Bombay plague: being a history of the progress of plague in the Bombay presidency from September 1896 to June 1899
Year: 1896
Disease focus: Plague
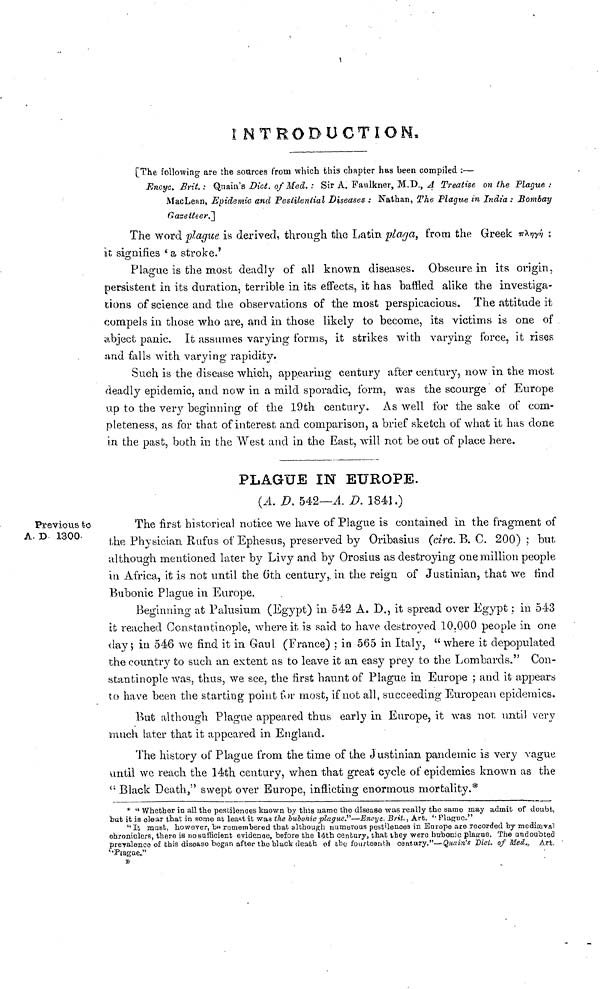
INTRODUCTION,
[The following are the sources from which this chapter has been compiled :—
Encyc. Brit. : Qnain's Dict. of Med. : Sir A. Faulkner, M.D., A Treatise on the Plague .·
MacLean, Epidemic and Pestilential Diseases : Nathan, The Plague in India : Bombay
Gazetteer.]
The word plague is derived, through the Latin playa, from the Greek πληγή :
it signifies ' a stroke.
Plague is the most deadly of all known diseases. Obscure in its origin,
persistent in its duration, terrible in its effects, it has baffled alike the investiga-
tions of science and the observations of the most perspicacious. The attitude it
compels in those who are, and in those likely to become, its victims is one of
abject panic. It assumes varying forms, it strikes with varying force, it rises
and falls with varying rapidity.
Such is the disease which, appearing century after century, now in the most
deadly epidemic, and now in a mild sporadic, form, was the scourge of Europe
up to the very beginning of the 19th century. As well for the sake of com-
pleteness, as for that of interest and comparison, a brief sketch of what it has done
in the past, both in the West and in the East, will not be out of place here.
Previous to
A. D 1300-
PLAGUE IN EUROPE.
(A. D. 542— A. D. 1841.)
The first historical notice we have of Plague is contained m the fragment of
the Physician Rufus of Ephesus, preserved by Oribasius (circ.. B. C. 200) ; but
although mentioned later by Livy and by Orosius as destroying one million people
in Africa, it is not until the 6th century, in the reign of Justinian, that we find
Bubonic Plague in Europe.
Beginning at Palusium (Egypt) in 542 A. D., it spread over Egypt ; in 543
it reached Constantinople, where it is said to have destroyed 10.000 people in one
day ; in 546 we find it in Gaul (France) ; in 565 in Italy, " where it depopulated
the country to such an extent as to leave it an easy prey to the Lombards." Con-
stantinople was, thus, we see, the first haunt of Plague in Europe ; and it appears
to have been the starting point for most, if not all, succeeding European epidemics.
But although Plague appeared thus early in Europe, it was not until very
much later that it appeared in England.
The history of Plague from the time of the Justinian pandemic is very vague
until we reach the 14th century, when that great cycle of epidemics known as the
" Black Death," swept over Europe, inflicting enormous mortality.*
" Whether in all the postilences kuown by this name the disease was really the same may admit of doubt,
but it is clear that in some at least it was the bubonic plague"—Encyc. Brit., Art. "Plague."
" It must, however, be remembered that although numerous pestilenoes in Europe are recorded by mediæval
chroniclers, there is no sufficient evidenoe, before the 14th century, that they were bubonic plague. The undoubted
prevalence of this disease began after the black death of the fourteenth century."—-Quain's 'Dicl. of Med., Αrt
Plague."
Β